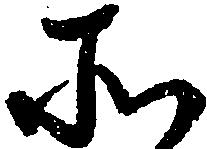
所